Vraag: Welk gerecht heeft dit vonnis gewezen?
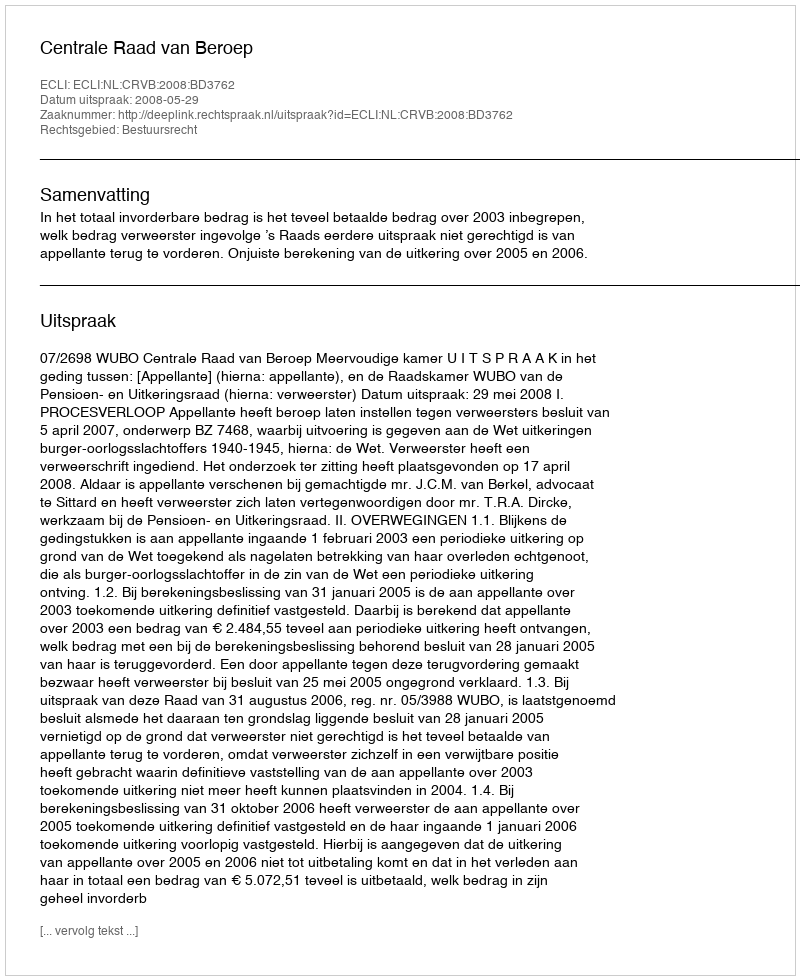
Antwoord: Centrale Raad van Beroep